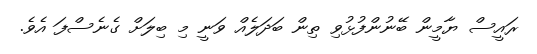
ރައީސް ޔާމީން ބޭނުންފުޅުވި ތިން ބަދަލެއް ވަނީ މި ބިލަށް ގެނެސްފަ އެވެ.